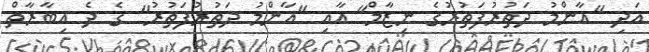
އަދި "އާންމު ދަތުރުފަތުރުގެ ނިޒާމް" އާއި "އާންމު ދަތުރުފަތުރު" ގެ ދެ އިބާރާތް